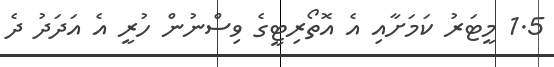
1.5 މީޓަރު ކަމަށާއި އެ އޮތޯރިޓީގެ ވިސްނުން ހުރީ އެ އަދަދު ދެ